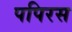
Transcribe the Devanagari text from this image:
पपिरस